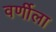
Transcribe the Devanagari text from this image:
वर्णीला